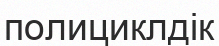
полициклдік